Rapla_vallakohus, lk 8
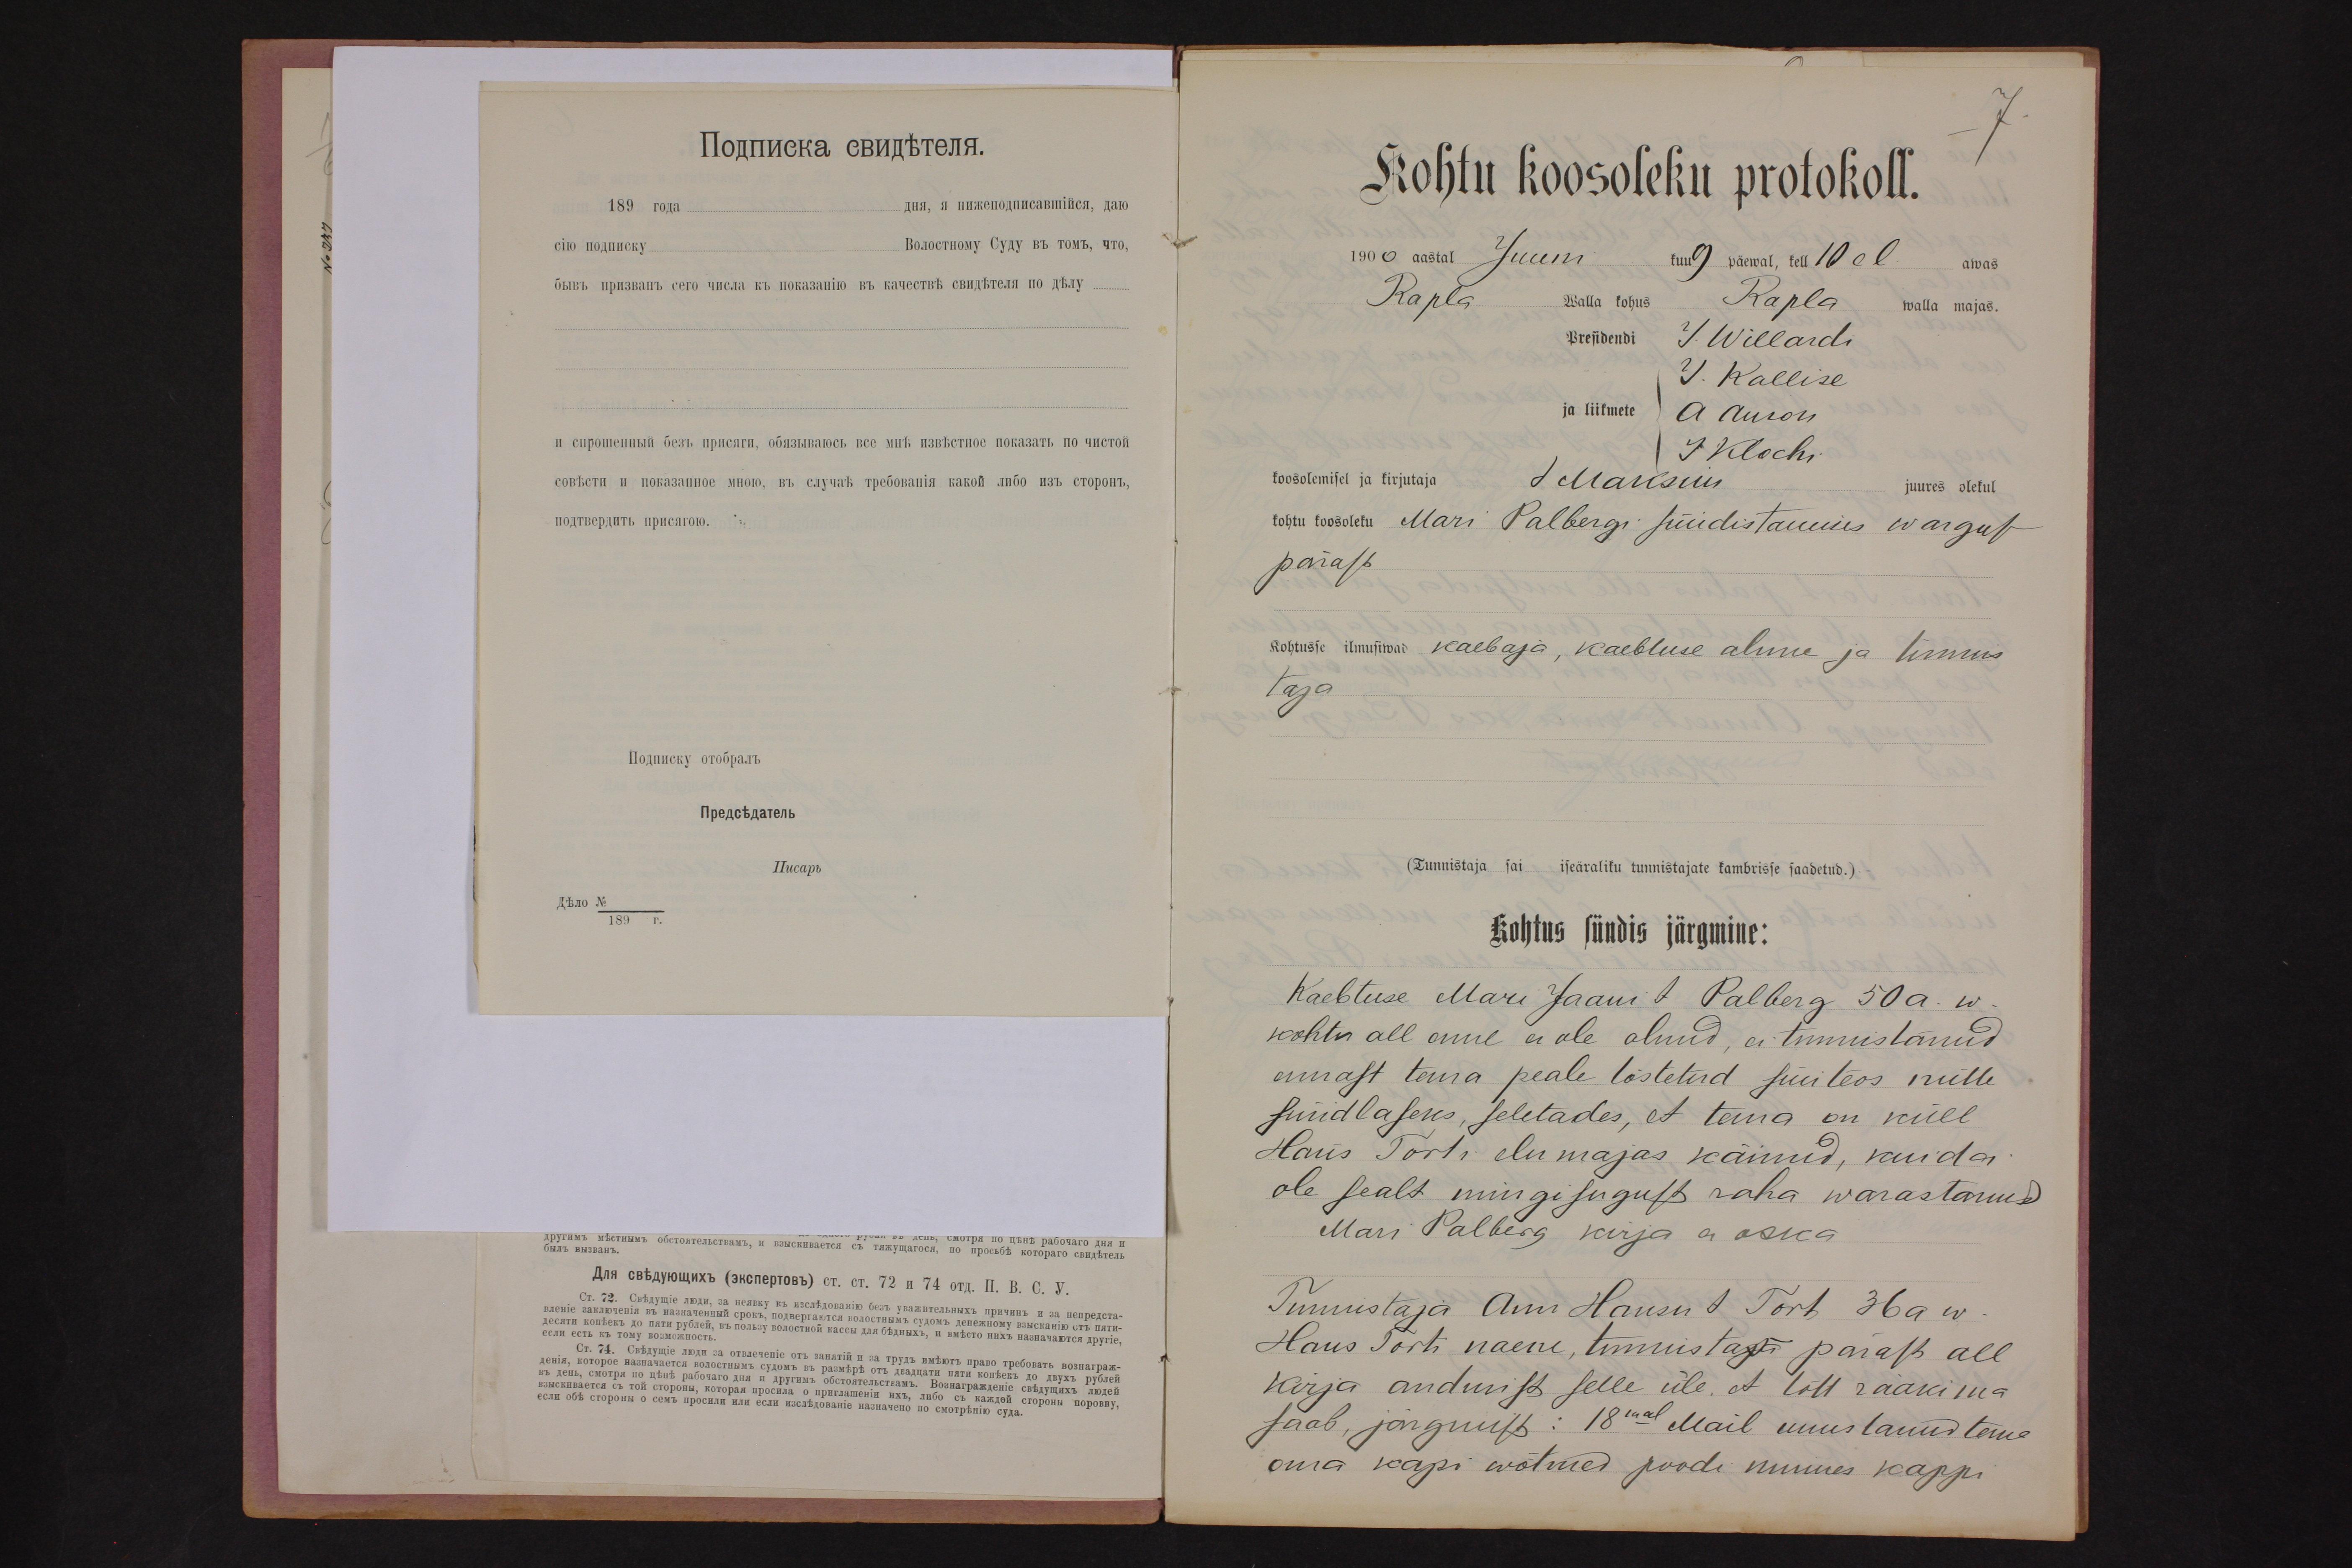
7.
Kohtu koosoleku protokoll.
1900 aastal Juuni kuu 9 päewal, kell 10 ol.
awas
Rapla walla kohus Rapla walla majas.
Bresidendi J. Willardi
J. Kallise
ja liikmete Auson
J Klochi
koosolemisel ja kirjutaja J Maksuu
juures olekul
kohtu koosoleku Mari Palbergi süüdistamis wargus
pärast
Kohtusse ilmusiwod kaebaja, kaebluse alune ja tunnis
taja
(Tunnistaja sai iseäraliku tunnistajate kambrisse saadetud.)
Kohtus sündis järgmine:
Kaebtuse Mari Jaani t. Palberg 50a. w.
kohtu all enne ei ole olnud, ei tunnistanud
ennast tema peale tõstetud süü teos mitte
süüdlaseks, seletades, et tema on küll
Hans Torti elumajas käinud, kuid ei
ole sealt mingisugust raha warastanud.
Mari Palberg kirja ei oska
Tunnistaja Ann Hansu t. Tort 36 a w.
Hans Torti naene, tunnistaja pärast all
kirja andmist selle üle, et tõtt rääkima
saab, järgmist: 18mal Mail unustanud tema
oma kapi wõtmed poodi minnes kappi